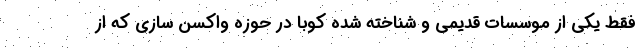
فقط یکی از موسسات قدیمی و شناخته شده کوبا در حوزه واکسن سازی که از